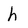
Character: h